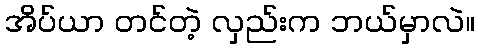
အိပ်ယာ တင်တဲ့ လှည်းက ဘယ်မှာလဲ။